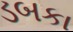
ડબકા